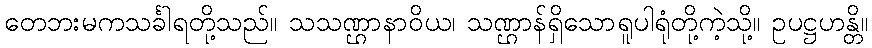
တေဘးမကသင်္ခါရတို့သည်။ သသဏ္ဌာနာဝိယ၊ သဏ္ဌာန်ရှိသောရူပါရုံတို့ကဲ့သို့။ ဥပဋ္ဌဟန္တိ။